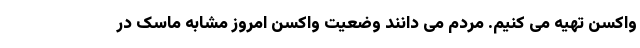
واکسن تهیه می کنیم. مردم می دانند وضعیت واکسن امروز مشابه ماسک در